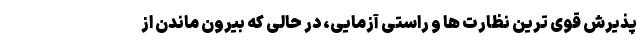
پذیرش قوی ترین نظارت ها و راستی آزمایی، در حالی که بیرون ماندن از